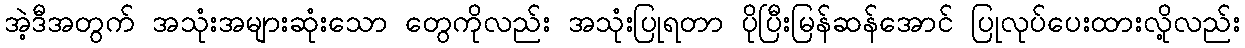
အဲ့ဒီအတွက် အသုံးအများဆုံးသော တွေကိုလည်း အသုံးပြုရတာ ပိုပြီးမြန်ဆန်အောင် ပြုလုပ်ပေးထားလို့လည်း